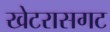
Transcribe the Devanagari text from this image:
खेटरासगट